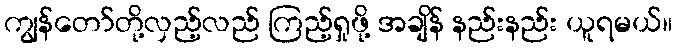
ကျွန်တော်တို့လှည့်လည် ကြည့်ရှုဖို့ အချိန် နည်းနည်း ယူရမယ်။